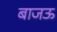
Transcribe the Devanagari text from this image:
बाजऊ